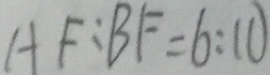
A F : B F = 6 : 1 0